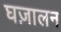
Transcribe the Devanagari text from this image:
घज़ालन